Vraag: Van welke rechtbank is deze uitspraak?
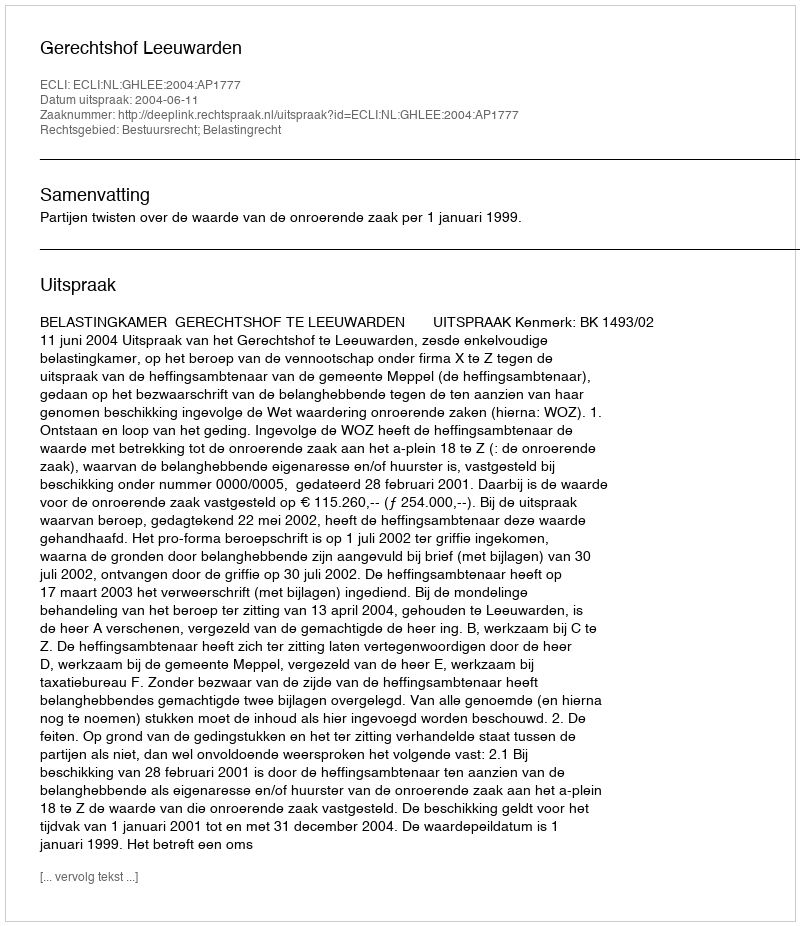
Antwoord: Gerechtshof Leeuwarden